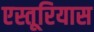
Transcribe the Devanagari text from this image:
एस्तूरियास